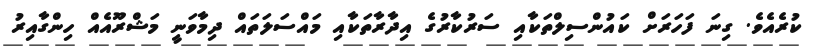
ކުރެއެވެ. ގިނަ ފަހަރަށް ކައުންސިލްތަކާއި ސަރުކާރުގެ އިދާރާތަކާއި މައްސަލަތައް ދިމާވަނީ މަޝްރޫއެއް ހިންގާއިރު